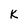
Character: k